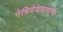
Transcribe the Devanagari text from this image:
नेमिदेवाप्रमाणे